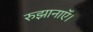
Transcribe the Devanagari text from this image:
रुझानाऍ।